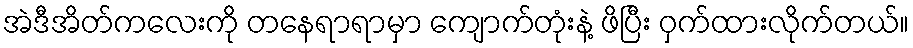
အဲဒီအိတ်ကလေးကို တနေရာရာမှာ ကျောက်တုံးနဲ့ ဖိပြီး ဝှက်ထားလိုက်တယ်။